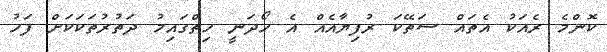
ކޮންމެ ރެއަކު އެތައް ސަތޭކަ ރުފިޔާއެއް އެ ހޯދަނީ ހިތްގައިމު ދަތުރުތަކަކަށް ފަހު